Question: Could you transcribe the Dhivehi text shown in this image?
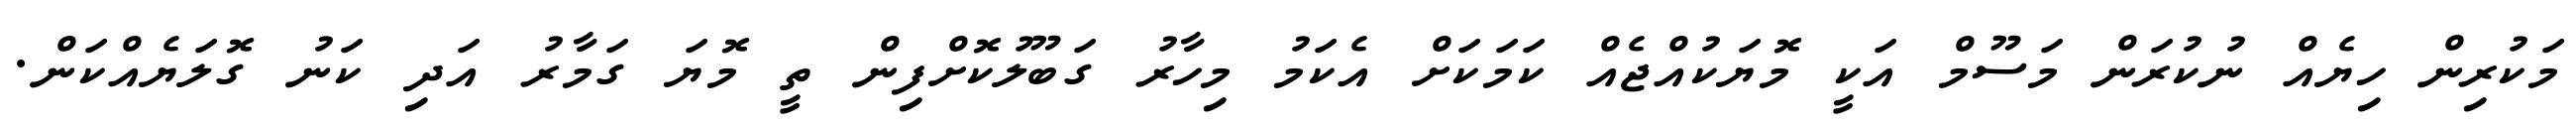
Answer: މަކުރިން ހިޔެއް ނުކުރަން މަސޫމް އަކީ މޮޔަކުއްޖެއް ކަމަކަށް އެކަމު މިހާރު ގަބޫލުކޮށްފިން ތީ މޮޔަ ގަމާރު އަދި ކަނު ގޮލަޔެއްކަން.